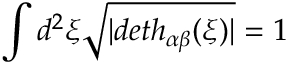
\int d ^ { 2 } \xi \sqrt { | d e t h _ { \alpha \beta } ( \xi ) | } = 1